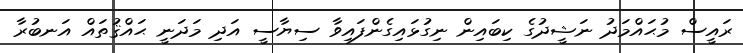
ރައީސް މުޙައްމަދު ނަޝީދުގެ ކިބައިން ނިގުޅައިގެންފައިވާ ސިޔާސީ އަދި މަދަނީ ޙައްޤުތައް އަނބުރާ